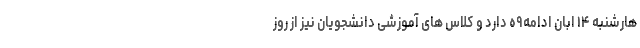
هارشنبه ۱۴ ابان ادامه۹ه دارد و کلاس های آموزشی دانشجویان نیز از روز